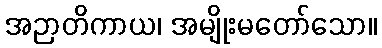
အဉာတိကာယ၊ အမျိုးမတော်သော။